Annual report of the Civil Veterinary Department, Bengal, for the year 1897-98 - 1897-1898
Year: 1897
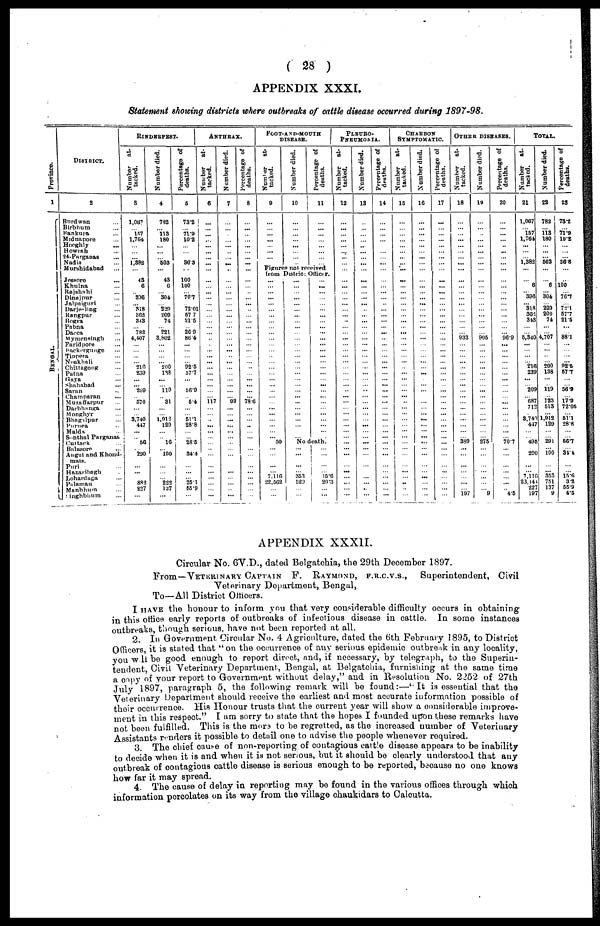
(
2 8
)
APPENDIX
XXXI.
Statement
showing
districts
where
outbreaks
of cattle
disease
occurred
during
1897-98.
Province.
1
BENGAL.
DISTRICT.
8
Burdwan ...
Birbhum ...
Bankura ...
Midnapore ...
Hooghly ...
Howrah ...
24-Parganas ...
Nadia ...
Murshidabad ...
Jessore ...
Khulna ...
Rajshahi ...
Dinajpur ...
Jalpaiguri ...
Darjeeling ...
Rangpur ...
Bogra ...
Pabna ...
Dacca ...
Mymensingh ...
Faridpore ...
Backergunge ...
Tippera ...
Noakhali ...
Chittagong ...
Patna ...
Gaya ...
Shahabad ...
Saran ..
Champaran ...
Muzaffarpur ...
Darbhanga ...
Monghyr ...
Bhagalpur ...
Purnea ..
Malda ...
Sonthal Parganas
Cuttack ...
Balasore ...
Augul and Khond-
mals.
Puri ...
Hazaribagh .
Loharduga
...
Palaman ...
Manbhum ...
Singhbhum ...
RINDERPEST.
Number
at-
tacked.
3
1,067
...
157
1,764
...
...
...
1,382
...
43
6
..
336
...
318
362
343
...
782
4,407
...
...
...
...
216
239
...
...
209
...
570
...
...
8,740 447
...
..
56
290
...
...
882
227
...
Number died.
4
782
...
113
180
...
...
...
503
...
43
6
...
304
...
229
209
74
...
221
3,802
...
...
...
... 200
138
...
... 119
...
81
...
...
1,912 129
...
..
16
...
100
...
...
... 222
137
...
Percentage of
deaths.
5
73.2
...
71.9
10.2
...
...
...
36.3
...
100
100
...
76.7
..
72.01
57 7
21.5
...
26.9
86.4
...
...
...
... 92.5
57.7
...
56.9
...
5.4
...
...
51.1
28.8
...
...
28.5
34.4
...
... 25.1
55.9
...
ANTHRAX.
Number
at-
tacked.
6
...
...
...
...
...
...
...
...
...
...
...
...
...
...
...
...
...
...
...
..
...
...
...
...
...
...
...
...
...
...
117
...
...
... ...
...
...
... ..
...
...
...
... ...
...
...
Number died.
7
...
...
...
...
...
...
...
...
...
...
...
...
...
...
...
...
...
...
...
...
...
...
...
...
...
...
...
...
...
...
92
...
...
... ...
...
...
... ...
...
...
...
... ...
...
...
Percentage of
deaths.
8
...
...
...
...
...
...
...
...
...
...
...
..
...
...
..
...
...
...
...
...
...
...
...
...
..
...
...
...
...
...
78.6
...
...
... ...
...
...
... ...
...
...
...
... ...
...
...
FOOT-AND-MOUTH
DISEASE.
Number
at-
tacked.
9
...
...
...
...
...
...
...
...
Number died.
10
...
...
...
...
...
...
...
...
Percentage of
deaths.
11
...
...
...
...
...
...
...
...
Figures not received
from District Officer.
...
...
...
...
...
...
...
...
...
...
...
...
...
...
...
...
...
...
...
...
...
...
... ...
... ...
...
...
50
...
...
...
...
7,116
22,562
...
...
...
...
...
...
...
...
...
...
...
...
...
...
...
...
...
...
...
...
...
...
...
...
...
...
... ...
...
...
...
...
...
...
...
...
...
...
...
...
...
...
...
...
...
...
...
...
...
...
...
... ...
... ...
...
...
No death.
...
...
...
...
353 520
...
...
...
...
...
...
15.6 20.3
...
...
PLEURO-
PNEUMONIA.
Number
at-
tacked.
12
...
...
...
...
...
...
...
...
...
...
...
...
...
...
...
...
...
...
...
...
...
...
...
...
...
...
...
...
...
...
...
... ...
... ...
...
...
...
...
...
...
...
...
...
...
...
Number died.
13
..
...
...
...
...
...
...
...
...
...
...
...
...
...
...
...
...
...
...
...
...
...
...
...
...
...
...
...
...
...
...
... ...
... ...
...
...
...
...
...
...
...
...
...
...
Percentage of
deaths.
14
...
...
...
..
...
...
...
...
...
...
...
...
...
...
...
...
...
...
...
...
...
...
... ...
...
...
...
...
...
...
... ...
... ...
...
...
...
...
...
...
...
... ...
...
...
CHARBON
SYMPTOMATIQUE
Number
at-
tacked.
15
...
...
...
...
...
...
...
...
...
...
...
...
...
...
...
...
...
...
...
...
...
...
...
...
..
...
...
...
...
...
...
... ...
... ...
...
...
... ...
...
...
...
... ..
...
...
Number died.
16
...
...
...
...
...
...
...
...
...
...
...
...
...
...
...
...
...
...
...
...
...
...
...
...
...
...
...
...
...
...
...
...
...
...
...
...
...
...
...
...
...
...
... ...
...
...
Percentage of
deaths.
17
...
...
...
...
...
...
...
...
...
...
...
...
...
...
...
...
...
...
...
...
...
...
...
...
...
...
...
...
...
...
...
... ...
... ...
...
...
... ...
...
...
...
... ...
...
...
OTHER
DISEASES.
Number
at-
tacked.
18
...
...
...
...
...
...
...
...
...
...
...
...
...
...
...
...
...
...
...
933
...
...
...
...
...
...
...
...
...
...
...
... ...
... ...
...
...
389 ...
...
...
...
... ...
...
197
Number died.
19
...
...
...
...
...
...
...
...
...
...
...
...
...
...
...
...
...
...
...
905
...
...
...
...
...
...
...
...
...
...
...
... ...
... ...
...
...
275
...
...
...
...
... ...
...
9
Percentage of
deaths.
20
...
...
...
...
...
...
...
...
...
...
...
...
...
...
...
...
...
...
...
96.9
...
...
...
...
...
...
...
...
...
...
...
...
...
... ...
...
...
70.7
...
...
...
...
... ...
...
4.5
TOTAL.
Number
at-
tacked.
21
1,067
...
157
1,764
...
...
...
1,882
...
...
6
...
396
...
318
361
343
...
...
6,340
...
...
...
... 216
239
...
... 209
...
687
712
3,749
417
...
...
495
...
290
...
...
7,116
23,141
227
197
Number died.
22
782
...
113
180
...
...
...
608
...
...
6
...
304
...
229
209
74
...
...
4,707
...
...
...
... 200
138
...
...
119
...
123
513
...
1,912 129
...
...
291
...
100
...
...
353 751
137
9
P ercentage of
deaths.
23
73.2
...
71.9
10.2
...
...
...
36.8
...
..
100
...
76.7
...
72.1
57.7
215
...
...
88.1
...
...
...
... 92.3
57.7
...
...
56.9
...
17.9
72.05 ...
51.1 28.8
...
...
56.7
...
34.4
...
...
15.6 3.2
55.9
4.5
APPENDIX
XXXII.
Circular N o . 6V.D., dated Belgatchia, t h e 29th December 1897.
From—VETERINARY CAPTAIN F .
RAYMOND,
F.R.C.V.S.,
Superintendent,
Civil
Veterinary Department,
Bengal,
To—All District Officers.
I
HAVE
t h e honour t o inform y o u that very considerable difficulty occurs i n obtaining
in this office early reports of outbreaks of infectious
disease i n cattle.
I n some
instances
outbreaks, though serious, have n o t been reported a t all.
2.
In
Government Circular N o . 4 Agriculture, dated t h e 6 t h February 1895, t o District
Officers it is stated that " o n t h e occurrence of a n y serious epidemic outbreak i n a n y locality,
you will be good enough
t o report direct, and, if necessary, b y telegraph, t o t h e Superin-
tendent, Civil Veterinary Department, Bengal, at Belgatchia, furnishing at t h e same
time
a
copy
of your report t o Government without delay," a n d in Resolution
N o . 2252 of 27th
July
1897, paragraph
5, t h e following remark will b e found :—"It is essential that t h e
Veterinary Department should receive t h e earliest a n d most accurate information possible of
their occurrence.
H i s Honour trusts that t h e current year will show a considerable improve-
ment in this respect."
I a m sorry t o state that t h e hopes I founded upon these remarks
have
not been fulfilled.
This is t h e more to be regretted, as t h e increased number of Veterinary
Assistants renders it possible t o detail o n e to advise t h e people whenever required.
3.
T h e chief cause of non-reporting of contagious cattle disease appears t o b e inability
to decide when it is a n d when it is n o t serious, b u t it should b e clearly understood that a n y
outbreak of contagious cattle disease is serious enough t o b e reported, because n o o n e knows
how far it m a y spread.
4.
T h e cause of delay i n reporting m a y b e found i n t h e various offices through
which
information percolates o n its w a y from t h e village chaukidars t o Calcutta.